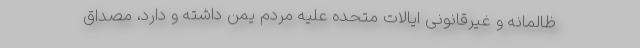
ظالمانه و غیرقانونی ایالات متحده علیه مردم یمن داشته و دارد، مصداق